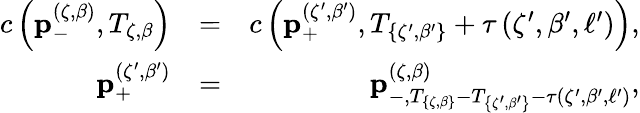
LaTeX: \begin{array}{rlr}{c\left(\mathbf{p}_{-}^{\left(\zeta,\beta\right)},T_{\zeta,\beta}\right)}&{=}&{c\left(\mathbf{p}_{+}^{\left(\zeta^{\prime},\beta^{\prime}\right)},T_{\left\{ \zeta^{\prime},\beta^{\prime}\right\} }+\tau\left(\zeta^{\prime},\beta^{\prime},\ell^{\prime}\right)\right),}\\ {\mathbf{p}_{+}^{\left(\zeta^{\prime},\beta^{\prime}\right)}}&{=}&{\mathbf{p}_{-,T_{\left\{ \zeta,\beta\right\} }-T_{\left\{ \zeta^{\prime},\beta^{\prime}\right\} }-\tau\left(\zeta^{\prime},\beta^{\prime},\ell^{\prime}\right)}^{\left(\zeta,\beta\right)},}\end{array}